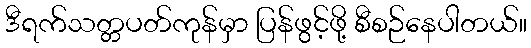
ဒီရက်သတ္တပတ်ကုန်မှာ ပြန်ဖွင့်ဖို့ စီစဉ်နေပါတယ်။